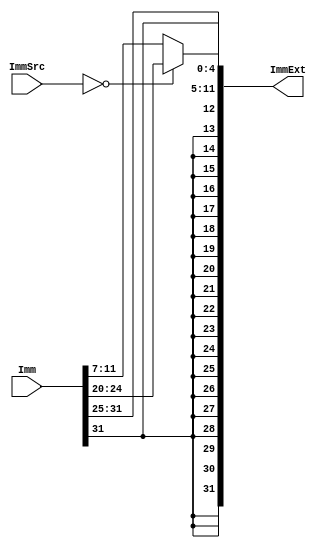
module sign_extension(Imm,ImmSrc,ImmExt);

    input [31:0] Imm;
    input[1:0] ImmSrc;
    output [31:0] ImmExt;

    assign ImmExt = (ImmSrc == 2'b00) ? {{20{Imm[31]}},Imm[31:20]} : {{20{Imm[31]}},Imm[31:25],Imm[11:7]};

endmodule